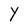
Character: Y